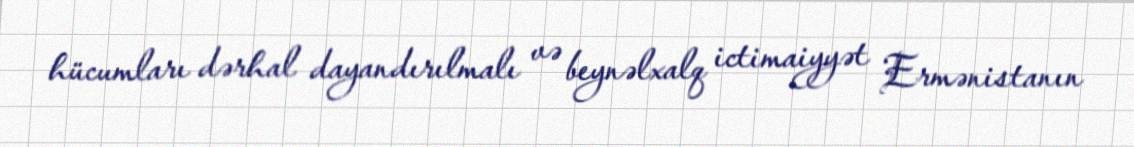
hücumları dərhal dayandırılmalı və beynəlxalq ictimaiyyət Ermənistanın